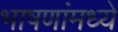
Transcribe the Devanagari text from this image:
भाषणांमध्ये